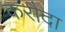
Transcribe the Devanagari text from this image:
करौदा